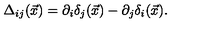
\Delta _ { i j } ( \vec { x } ) = \partial _ { i } \delta _ { j } ( \vec { x } ) - \partial _ { j } \delta _ { i } ( \vec { x } ) .